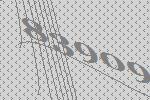
83909